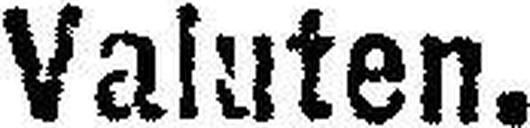
Valuten.